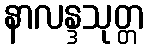
နာလန္ဒသုတ္တ